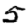
Digit: 5